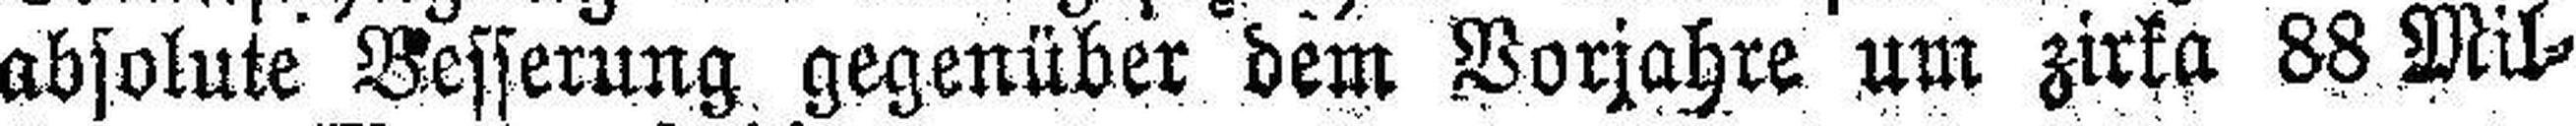
absolute Besserung gegenüber dem Vorjahre um zirka 88 Mil¬